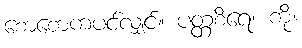
စောစောကပင်လျှင်။ ပတ္တစိရေ၊ ကို။